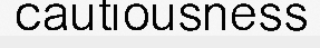
cautiousness